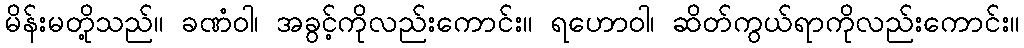
မိန်းမတို့သည်။ ခဏံဝါ၊ အခွင့်ကိုလည်းကောင်း။ ရဟောဝါ၊ ဆိတ်ကွယ်ရာကိုလည်းကောင်း။